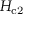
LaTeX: H _ { \mathrm { c 2 } }